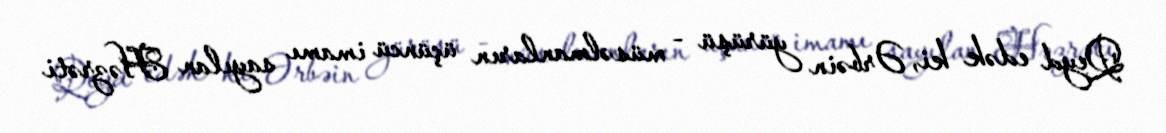
Qeyd edək ki, Ərbəin yürüşü - müsəlmanların üçüncü imamı sayılan Həzrəti